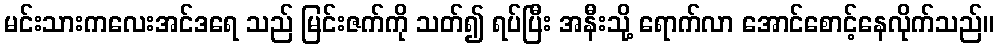
မင်းသားကလေးအင်ဒရေ သည် မြင်းဇက်ကို သတ်၍ ရပ်ပြီး အနီးသို့ ရောက်လာ အောင်စောင့်နေလိုက်သည်။